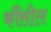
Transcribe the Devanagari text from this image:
कौंसील